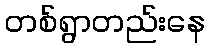
တစ်ရွာတည်းနေ